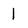
Character: 1